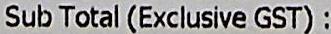
SUB TOTAL (EXCLUSIVE GST) :